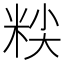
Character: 𰪷